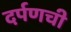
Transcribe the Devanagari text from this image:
दर्पणची